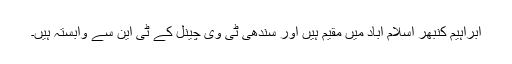
ابراہیم کنبھر اسلام آباد میں مقیم ہیں اور سندھی ٹی وی چینل کے ٹی این سے وابستہ ہیں۔